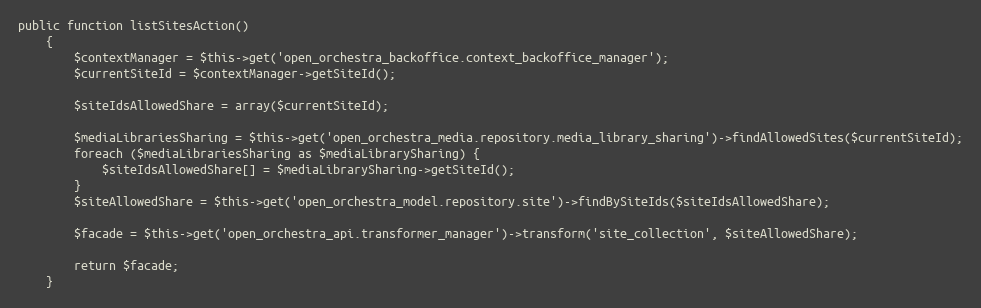
Language: PHP
public function listSitesAction()
    {
        $contextManager = $this->get('open_orchestra_backoffice.context_backoffice_manager');
        $currentSiteId = $contextManager->getSiteId();

        $siteIdsAllowedShare = array($currentSiteId);

        $mediaLibrariesSharing = $this->get('open_orchestra_media.repository.media_library_sharing')->findAllowedSites($currentSiteId);
        foreach ($mediaLibrariesSharing as $mediaLibrarySharing) {
            $siteIdsAllowedShare[] = $mediaLibrarySharing->getSiteId();
        }
        $siteAllowedShare = $this->get('open_orchestra_model.repository.site')->findBySiteIds($siteIdsAllowedShare);

        $facade = $this->get('open_orchestra_api.transformer_manager')->transform('site_collection', $siteAllowedShare);

        return $facade;
    }